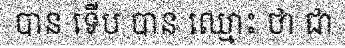
បាន ទើប បាន ឈ្មោះ ថា ជា